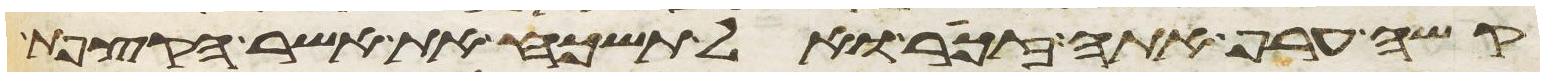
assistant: קשה ערף אתה זכור ואל תשכח את אשר הקצפת